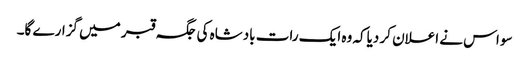
سو اس نے اعلان کر دیاکہ وہ ایک رات بادشاہ کی جگہ قبر میں گزارے گا۔